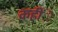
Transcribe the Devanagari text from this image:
कहींे